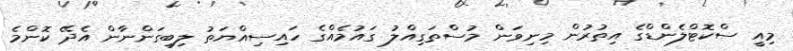
މިއީ ސްކޮޓްލެންޑްގެ އިތުރުން މިނިވަން މުސްތަގިއްލު ގައުމެއްގެ ހައިސިއްޔަތު ލިބިގަންނާން އެދޭ ކޮންމެ